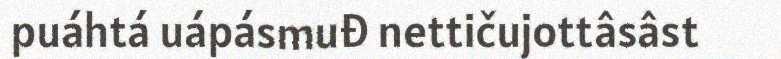
puáhtá uápásmuđ nettičujottâsâst